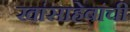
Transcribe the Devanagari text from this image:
खांसाहेबांची